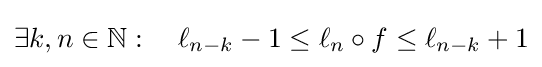
\exists k,n\in \mathbb {N} :\quad \ell _{n-k}-1\leq \ell _{n}\circ f\leq \ell _{n-k}+1